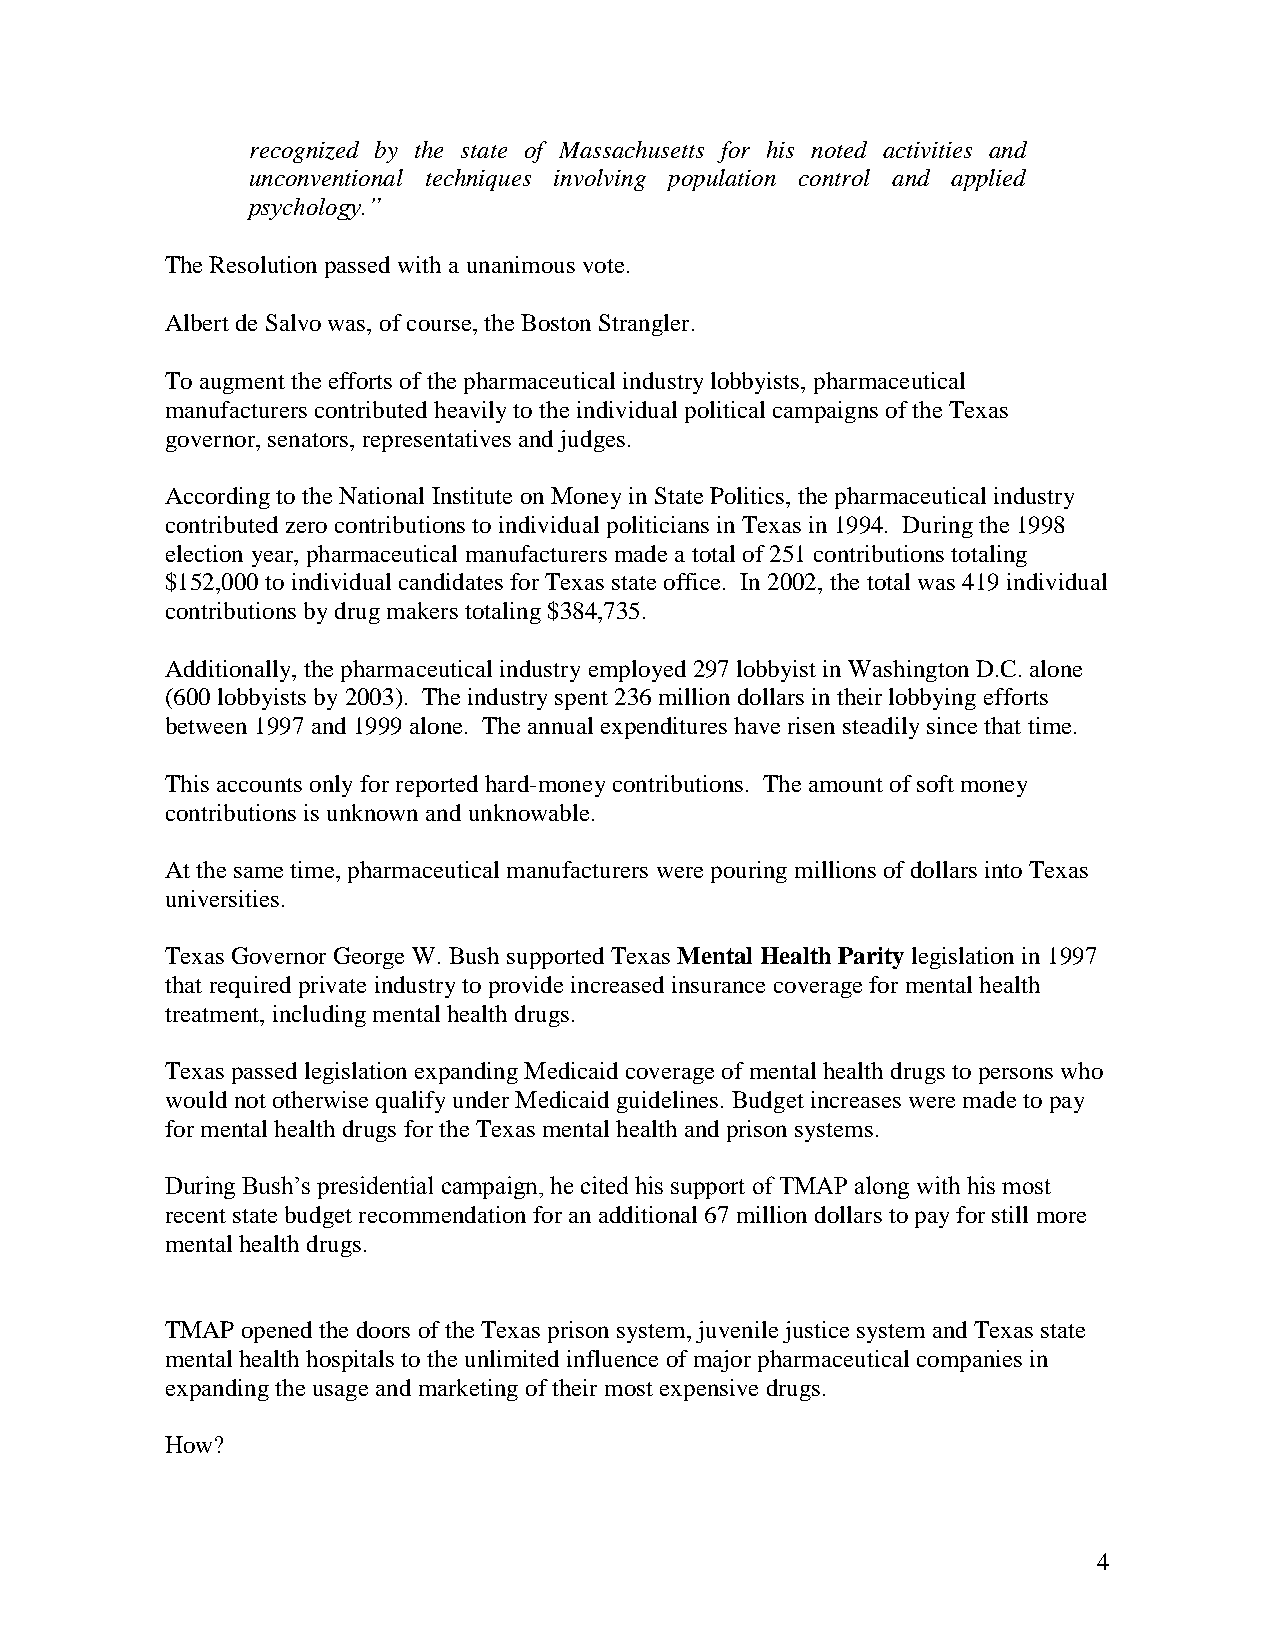
recognized by the state of Massachusetts for his noted activities and
 unconventional techniques involving population control and applied
 psychology.”
 TheResolutionpassedwithaunanimous vote.
 Albert deSalvowas, ofcourse,the BostonStrangler.
 Toaugment theefforts of thepharmaceutical industrylobbyists, pharmaceutical
 manufacturers contributedheavilytotheindividual political campaigns oftheTexas
 governor,senators, representatives andjudges.
 AccordingtotheNational InstituteonMoneyinStatePolitics, thepharmaceutical industry
 contributedzerocontributions toindividual politicians inTexas in1994. Duringthe1998
 election year,pharmaceutical manufacturers made atotal of251contributions totaling
 $152,000toindividual candidates forTexas stateoffice. In2002,thetotal was 419individual
 contributions bydrugmakers totaling$384,735.
 Additionally,thepharmaceutical industryemployed297lobbyist inWashingtonD.C.alone
 (600lobbyists by2003). Theindustryspent 236milliondollars intheirlobbyingefforts
 between1997 and1999alone. Theannual expenditures haverisensteadilysincethat time.
 This accounts onlyforreportedhard-moneycontributions. Theamount ofsoft money
 contributions is unknownandunknowable.
 At thesametime,pharmaceutical manufacturers werepouringmillions of dollars intoTexas
 universities.
 Texas GovernorGeorge W.Bush supportedTexas Mental Health Parity legislationin1997
 that requiredprivateindustrytoprovideincreased insurance coverageformental health
 treatment,includingmental healthdrugs.
 Texas passedlegislationexpandingMedicaid coverageofmental healthdrugs topersons who
 wouldnot otherwisequalifyunderMedicaidguidelines. Budget increases weremadetopay
 formental healthdrugs fortheTexas mental healthandprison systems.
 During Bush’s presidential campaign, he cited his support of TMAP along with his most
 recent statebudget recommendationforanadditional 67 milliondollars topayforstill more
 mental healthdrugs.
 TMAP openedthedoors oftheTexas prison system,juvenilejusticesystem andTexas state
 mental healthhospitals totheunlimitedinfluence ofmajorpharmaceutical companies in
 expandingtheusage and marketingoftheirmost expensivedrugs.
 How?
 4